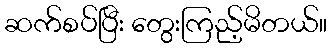
ဆက်စပ်ပြီး တွေးကြည့်မိတယ်။